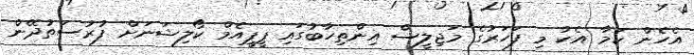
އެހެން ކަމާ އެކު މި ފަހަރުގެ މަޖިލީސް އިންތިހާބުގައި ޕީޕީއެމް ކޯލިޝަނަށް ފުރުސަތުދޭން